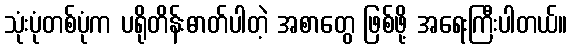
သုံးပုံတစ်ပုံက ပရိုတိန်းဓာတ်ပါတဲ့ အစာတွေ ဖြစ်ဖို့ အရေးကြီးပါတယ်။